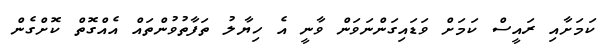
ކަމަށާއި ރައީސް ކަމަށް ވަޑައިގަންނަވަން ވާނީ އެ ހިޔާލު ތަފާތުވުންތައް އެއްގޮތް ކޮށްގެން